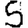
Digit: 5